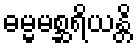
ဓမ္မမစ္ဆရိယန္တိ